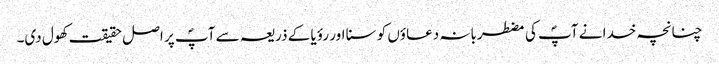
چنانچہ خدا نے آپؐ کی مضطربانہ دعاؤں کو سنا اور رؤیا کے ذریعہ سے آپؐ پر اصل حقیقت کھول دی۔